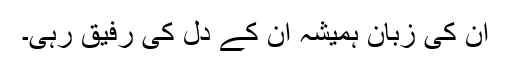
ان کی زبان ہمیشہ ان کے دل کی رفیق رہی۔